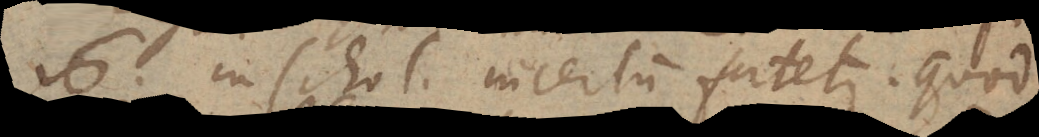
16 in schol. incertum fatetur. Quod